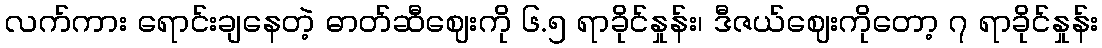
လက်ကား ရောင်းချနေတဲ့ ဓာတ်ဆီဈေးကို ၆.၅ ရာခိုင်နှုန်း၊ ဒီဇယ်ဈေးကိုတော့ ၇ ရာခိုင်နှုန်း